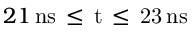
2 1 \, \mathrm { { n s } \, \leq \, t \, \leq \, 2 3 \, \mathrm { { n s } } }